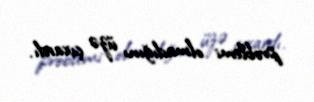
problemi olmadığını üzə çıxardı.